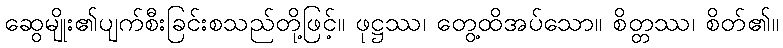
ဆွေမျိုး၏ပျက်စီးခြင်းစသည်တို့ဖြင့်။ ဖုဋ္ဌဿ၊ တွေ့ထိအပ်သော။ စိတ္တဿ၊ စိတ်၏။